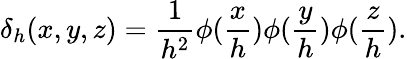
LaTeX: \delta_{h}(x,y,z)=\frac{1}{h^{2}}\phi(\frac{x}{h})\phi(\frac{y}{h})\phi(\frac{z}{h}).